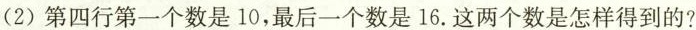
(2)第四行第一个数是10，最后一个数是16.这两个数是怎样得到的?